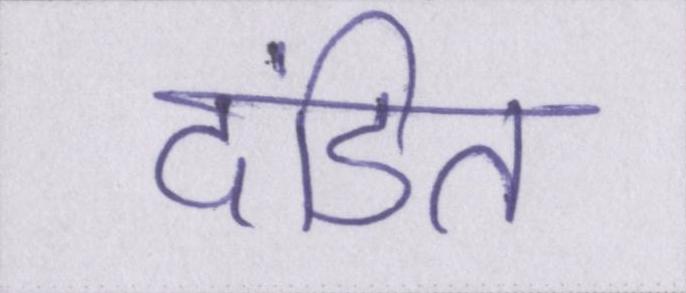
दंडित